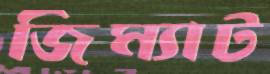
জিম্যাট